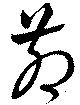
茆